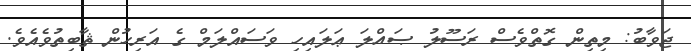
ޖަވާބު: މިތިން ގޮތްވެސް ރަސޫލު ޞައްލަ ޢަލައިހި ވަސައްލަމް ގެ އަރިހުން ޘާބިތުވެއެވެ.